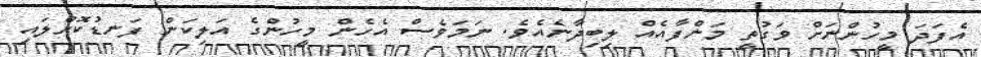
އެފަދަ މީހުންނަށް ވަގުތީ މަންފާއެއް ލިބިދާނެއެވެ. ނަމަވެސް އެހެން މީހުންގެ އަލިކަން ފަނޑުކޮށްލައި